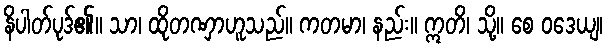
နိပါတ်ပုဒ်၏။ သာ၊ ထိုတဏှာဟူသည်။ ကတမာ၊ နည်း။ ဣတိ၊ သို့။ စေ ဝဒေယျ၊